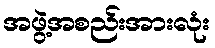
အဖွဲ့အစည်းအားလုံး